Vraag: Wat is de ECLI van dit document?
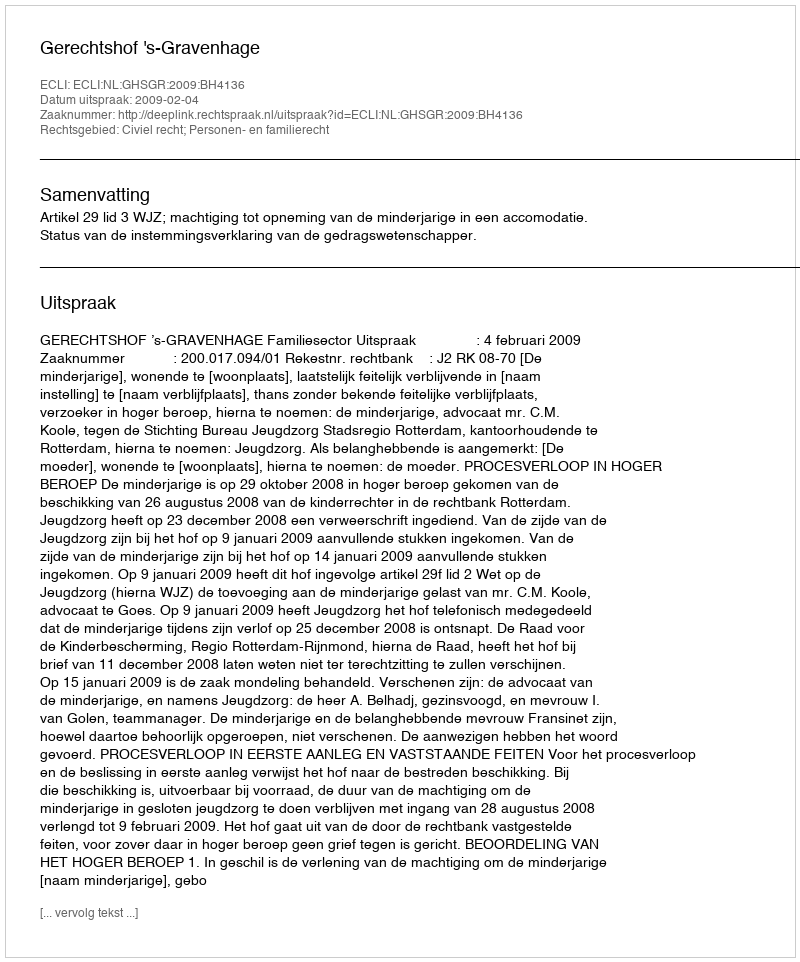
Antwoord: ECLI:NL:GHSGR:2009:BH4136